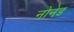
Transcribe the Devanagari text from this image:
नोनेड